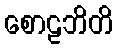
စောဠဘိတိ